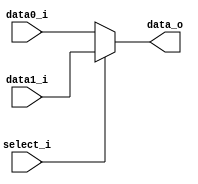
module MUX_2to1
(
    select_i, // Select
    data0_i,  // Mux Data 0
    data1_i,  // Mux Data 1
    data_o    // Mux output
);
//*****************************************************************************
    // I/O port declaration
    input           select_i; // Select
    input  [32-1:0] data0_i;  // Mux Data 0
    input  [32-1:0] data1_i;  // Mux Data 1
    output [32-1:0] data_o;   // Mux output

    // System conection
    // Output
    assign data_o = (select_i) ? data1_i: data0_i;
//*****************************************************************************
endmodule